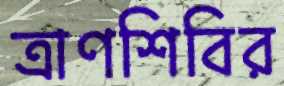
ত্রাণশিবির